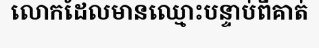
លោកដែលមានឈ្មោះបន្ទាប់ពីគាត់